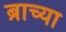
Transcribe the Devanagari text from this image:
ब्राच्या